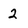
Character: 2